Scottish Certificate of Education, 1963
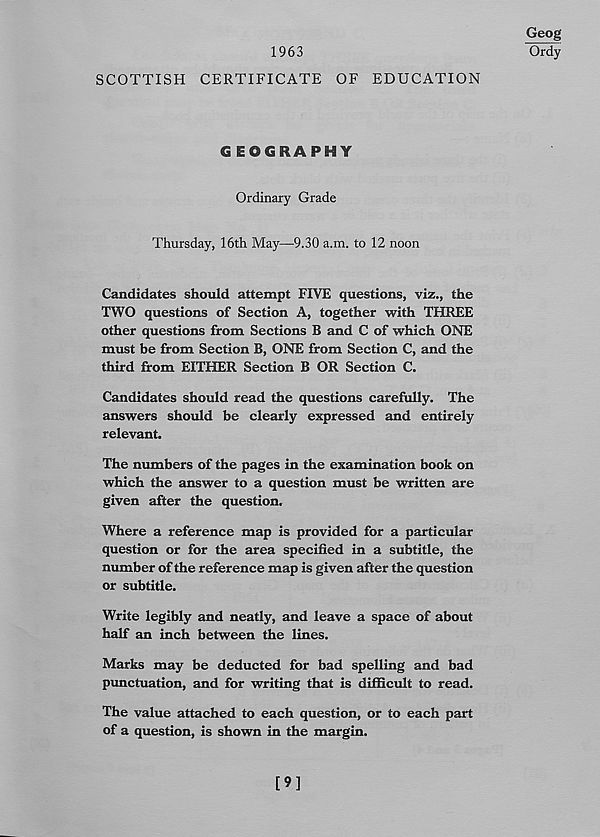
1963
SCOTTISH CERTIFICATE OF EDUCATION
Geog
Ordy
GEOGRAPHY
Ordinary Grade
Thursday, 16th May—9.30 a.m. to 12 noon
Candidates should attempt FIVE questions, viz., the
TWO questions of Section A, together with THREE
other questions from Sections B and C of which ONE
must be from Section B, ONE from Section C, and the
third from EITHER Section B OR Section C.
Candidates should read the questions carefully. The
answers should be clearly expressed and entirely
relevant.
The numbers of the pages in the examination book on
which the answer to a question must be written are
given after the question.
Where a reference map is provided for a particular
question or for the area specified in a subtitle, the
number of the reference map is given after the question
or subtitle.
Write legibly and neatly, and leave a space of about
half an inch between the lines.
Marks may be deducted for bad spelling and bad
punctuation, and for writing that is difficult to read.
The value attached to each question, or to each part
of a question, is shown in the margin.
[9]